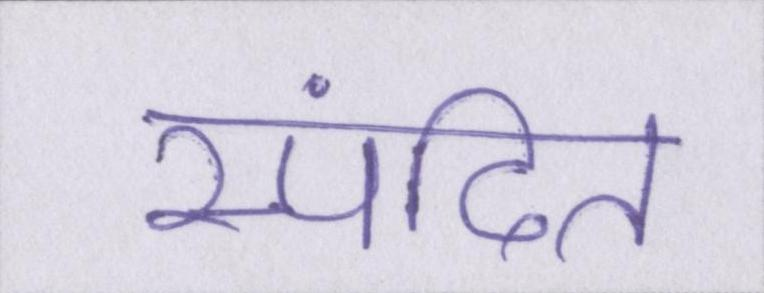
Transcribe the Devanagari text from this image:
स्पंदित